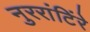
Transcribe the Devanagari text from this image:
नुररांटिंरे